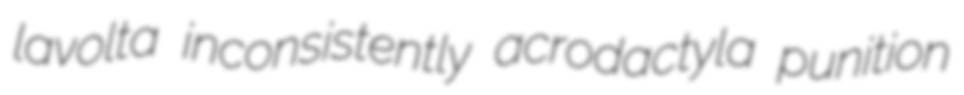
lavolta inconsistently acrodactyla punition